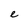
Character: e